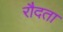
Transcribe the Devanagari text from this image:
रौदता